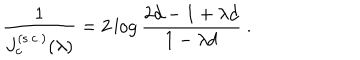
{ \frac { 1 } { J _ { c } ^ { \mathrm { ( s . c . ) } } ( \lambda ) } } = 2 \log { \frac { 2 d - 1 + \lambda d } { 1 - \lambda d } } ~ .